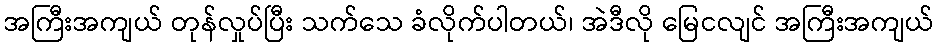
အကြီးအကျယ် တုန်လှုပ်ပြီး သက်သေ ခံလိုက်ပါတယ်၊ အဲဒီလို မြေငလျင် အကြီးအကျယ်